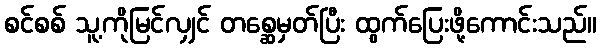
စင်စစ် သူ့ကိုမြင်လျှင် တစ္ဆေမှတ်ပြီး ထွက်ပြေးဖို့ကောင်းသည်။